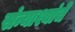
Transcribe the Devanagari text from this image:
संन्याश्यांचे